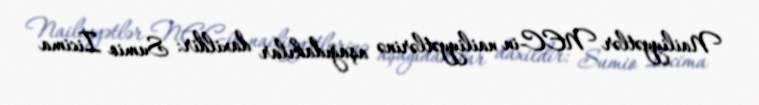
Nailiyyətlər NEC-in nailiyyətlərinə aşağıdakılar daxildir: Sumio İicima